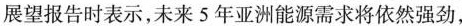
展望报告时表示，未来5年亚洲能源需求将依然强劲，